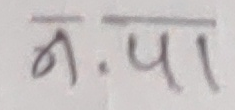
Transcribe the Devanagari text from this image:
न.पा